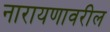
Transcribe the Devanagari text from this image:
नारायणावरील